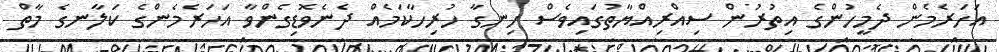
އަހަރެމެން ދެމީހުންގެ އިތުރުން ސިއްރިއްޔާތުގައިވެސް ހިނގާ ހުރިހާކަމެއް ދެނެވޮޑިގެންވާ އަހަރެމެންގެ ކަލާނގެ މާތް